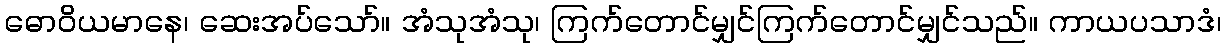
ဓောဝိယမာနေ၊ ဆေးအပ်သော်။ အံသုအံသု၊ ကြက်တောင်မျှင်ကြက်တောင်မျှင်သည်။ ကာယပသာဒံ၊